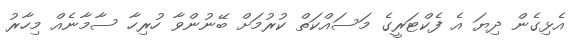
އެޅިގެން ދިޔަ އެ ފެކްޓަރީގެ މަސައްކަތް ކުރުމަށް ބޭނުންވާ ހުރިހާ ސާމާނެއް މިހާރު